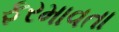
ફરમાવતા